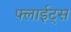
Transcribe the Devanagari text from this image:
फ्लाईट्स